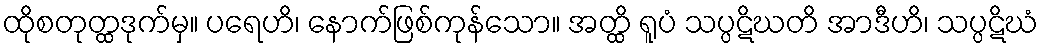
ထိုစတုတ္ထဒုက်မှ။ ပရေဟိ၊ နောက်ဖြစ်ကုန်သော။ အတ္ထိ ရူပံ သပ္ပဋိဃတိ အာဒီဟိ၊ သပ္ပဋိဃံ